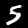
Digit: 5